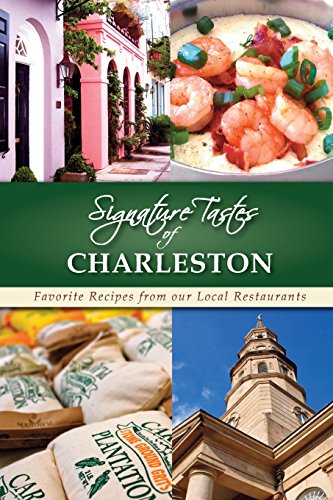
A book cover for Signature Tastes of Charleston; Steven W. Siler; Travel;